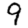
Digit: 9